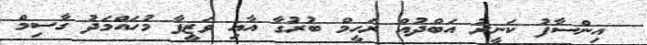
އިންސާފު ކަނީރު އަބްދުއް ރަހީމް ބުރުގާ އާއި ވަޒީފާ މުހައްމަދު ގާސިމް